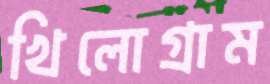
খিলোগ্রাম